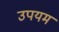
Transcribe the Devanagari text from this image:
उपयम